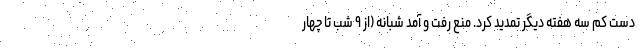
دست کم سه هفته دیگر تمدید کرد. منع رفت و آمد شبانه (از ۹ شب تا چهار